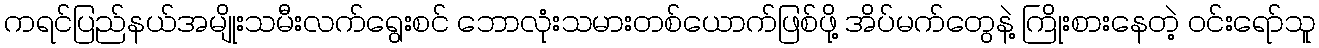
ကရင်ပြည်နယ်အမျိုးသမီးလက်ရွေးစင် ဘောလုံးသမားတစ်ယောက်ဖြစ်ဖို့ အိပ်မက်တွေနဲ့ ကြိုးစားနေတဲ့ ဝင်းရော်သူ